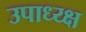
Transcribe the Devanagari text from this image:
उपाध्य्क्ष